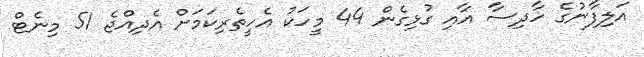
އަލިފާނުގެ ހާދިސާ އާއި ގުޅިގެން 44 މީހަކު އެހީތެރިކަމަށް އެދިއްޖެ 51 މިނެޓް